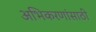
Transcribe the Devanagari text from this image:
अभिकरणांसाठी